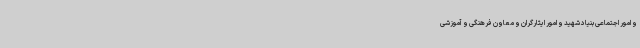
و امور اجتماعی بنیاد شهید و امور ایثارگران و معاون فرهنگی و آموزشی